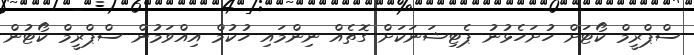
ސްޕްރީމް ކޯޓަށް ހުށަހެޅުނު ޕެޓިޝަނަކަށް ގޮތެއް ނިންމައި ހުކުމް އިއްވަމުން ސްޕްރީމް ކޯޓުން